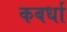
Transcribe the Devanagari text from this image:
कबर्धा